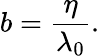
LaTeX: b=\frac{\eta}{\lambda_{0}}.